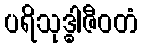
ပရိသုဒ္ဓါဇီဝတံ